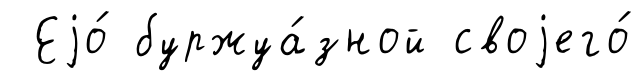
Еjо́ буржуа́зной своjего́